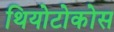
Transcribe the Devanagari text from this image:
थियोटोकोस